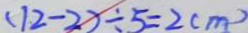
( 1 2 - 2 ) \div 5 = 2 ( m )